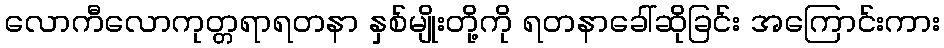
လောကီလောကုတ္တရာရတနာ နှစ်မျိုးတို့ကို ရတနာခေါ်ဆိုခြင်း အကြောင်းကား